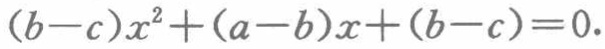
\((b - c)x^{2}+(a - b)x+(b - c)=0.\)